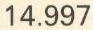
14.997